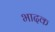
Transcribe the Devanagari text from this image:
भादक